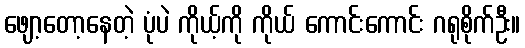
ဖျော့တော့နေတဲ့ ပုံပဲ ကိုယ့်ကို ကိုယ် ကောင်းကောင်း ဂရုစိုက်ဦး။